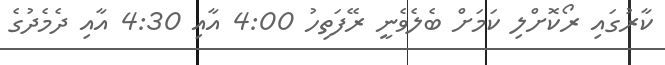
ކާރުގައި ރޯކޮށްލި ކަމަށް ބެލެވެނީ ރޭފަތިހު 4:00 އާއި 4:30 އާއި ދެމެދުގެ